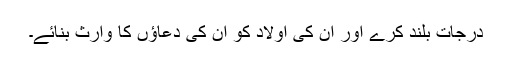
درجات بلند کرے اور ان کی اولاد کو ان کی دعاؤں کا وارث بنائے۔